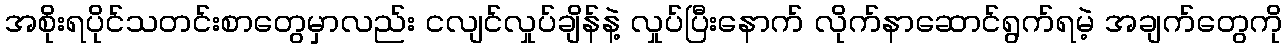
အစိုးရပိုင်သတင်းစာတွေမှာလည်း ငလျင်လှုပ်ချိန်နဲ့ လှုပ်ပြီးနောက် လိုက်နာဆောင်ရွက်ရမဲ့ အချက်တွေကို